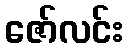
ဇော်လင်း